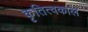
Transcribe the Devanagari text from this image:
कृतित्वकाल